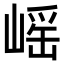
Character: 𡺯